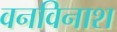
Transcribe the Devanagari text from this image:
वनविनाश